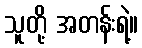
သူတို့ အတန်းရဲ့။